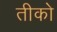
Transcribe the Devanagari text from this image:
तीको